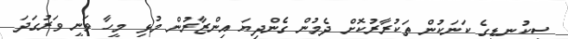
ސިކުނޑީގެ ކަނަކުން ތަކުރާރުކޮށް ދެމުން ގެންދިޔަ އިންޒާރުން މުޅި މީހާ ވަނީ ވަރުގަދަ